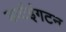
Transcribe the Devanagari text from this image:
डार्टइंगटन